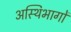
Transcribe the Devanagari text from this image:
अस्थिभागों